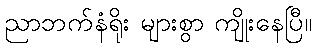
ညာဘက်နံရိုး များစွာ ကျိုးနေပြီ။